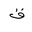
Letter: _qaf